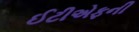
ઈટીએફની